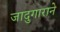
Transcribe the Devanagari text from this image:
जादुगाराने